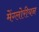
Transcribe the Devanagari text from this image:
मेंग्लोरीयन